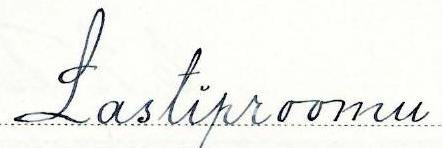
Lastiproomu